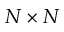
N \times N